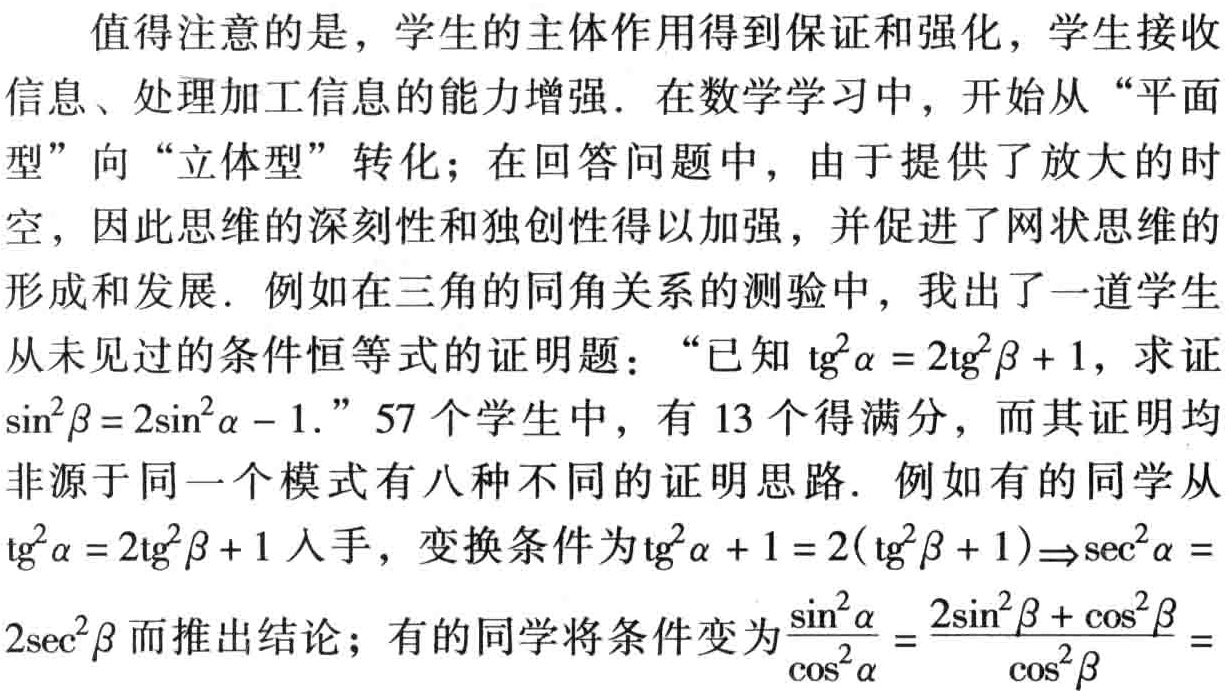
值得注意的是，学生的主体作用得到保证和强化，学生接收信息、处理加工信息的能力增强．在数学学习中，开始从“平面型”向“立体型”转化；在回答问题中，由于提供了放大的时空，因此思维的深刻性和独创性得以加强，并促进了网状思维的形成和发展．例如在三角的同角关系的测验中，我出了一道学生从未见过的条件恒等式的证明题：“已知$\mathrm{tg}^{2}\alpha = 2\mathrm{tg}^{2}\beta + 1$，求证$\sin^{2}\beta = 2\sin^{2}\alpha - 1.$”$57$个学生中，有$13$个得满分，而其证明均非源于同一个模式有八种不同的证明思路．例如有的同学从$\mathrm{tg}^{2}\alpha = 2\mathrm{tg}^{2}\beta + 1$入手，变换条件为$\mathrm{tg}^{2}\alpha + 1 = 2(\mathrm{tg}^{2}\beta + 1)\Rightarrow\sec^{2}\alpha = 2\sec^{2}\beta$而推出结论；有的同学将条件变为$\frac{\sin^{2}\alpha}{\cos^{2}\alpha}=\frac{2\sin^{2}\beta + \cos^{2}\beta}{\cos^{2}\beta}=$